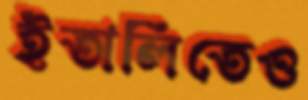
ইতালিতেও